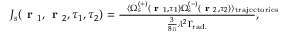
\begin{array} { r } { J _ { s } ( \textbf { r } _ { 1 } , \textbf { r } _ { 2 } , \tau _ { 1 } , \tau _ { 2 } ) = \frac { \, \, \, \, \, \langle \Omega _ { s } ^ { ( + ) } ( \textbf { r } _ { 1 } , \tau _ { 1 } ) \Omega _ { s } ^ { ( - ) } ( \textbf { r } _ { 2 } , \tau _ { 2 } ) \rangle _ { \mathrm { t r a j e c t o r i e s \! \! \! \! \! \! \! \! \! \! \! \! \! \! \! \! \! \! \! \! } } } { \frac { 3 } { 8 \pi } \lambda ^ { 2 } \Gamma _ { \mathrm { r a d . } } } , } \end{array}